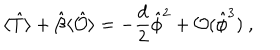
\langle \hat { T } \rangle + \hat { \beta } \langle \hat { \mathcal { O } } \rangle = - \frac { d } 2 \hat { \phi } ^ { 2 } + \mathcal { O } ( \hat { \phi } ^ { 3 } ) ~ ,